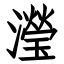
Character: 瀅